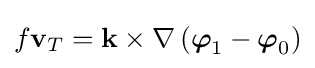
f\mathbf {v} _{T}=\mathbf {k} \times \nabla \left({\boldsymbol {\varphi }}_{1}-{\boldsymbol {\varphi }}_{0}\right)